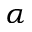
\alpha